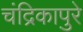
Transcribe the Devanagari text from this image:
चंद्रिकापुरे